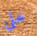
علي